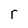
Character: r